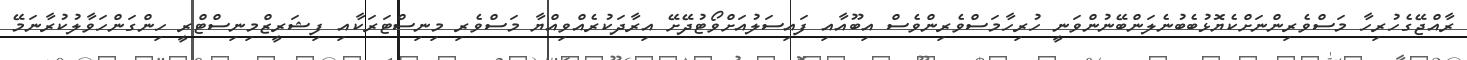
ރާއްޖޭގެހުރިހާ މަސްވެރިންނަށްކެޔޮޅުބެބުނެލަންބޭނުންވަނީ ހުރިހާމަސްވެރިންވެސް އިބޫއާއި ފައިސަލުއަށްވޯޓުދޭށޭ އިރާދަކުރެއްވިއްޔާ މަސްވެރި މިނިސްޓަރަކާއި ފިޝަރީޒްމިނިސްޓްރީ ހިންގަންހަވާލުކުރާނަމޭ